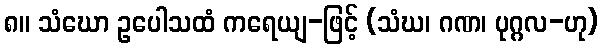
၈။ သံဃော ဥပေါသထံ ကရေယျ-ဖြင့် (သံဃ၊ ဂဏ၊ ပုဂ္ဂလ-ဟု)